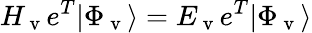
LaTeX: H_{\mathrm{~v~}}e^{T}|\Phi_{\mathrm{~v~}}\rangle=E_{\mathrm{~v~}}e^{T}|\Phi_{\mathrm{~v~}}\rangle